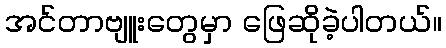
အင်တာဗျူးတွေမှာ ဖြေဆိုခဲ့ပါတယ်။